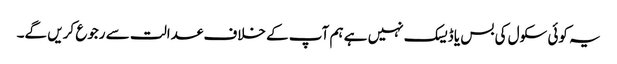
یہ کوئی سکول کی بس یا ڈیسک نہیں ہے ہم آپ کے خلاف عدالت سے رجوع کریں گے۔